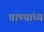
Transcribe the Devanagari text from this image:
प्राण्यांच्य